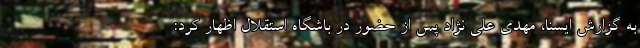
به گزارش ایسنا، مهدی علی نژاد پس از حضور در باشگاه استقلال اظهار کرد: